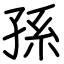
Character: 孫